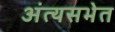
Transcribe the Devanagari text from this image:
अंत्यसभेत